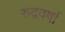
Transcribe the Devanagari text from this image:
रुद्रवर्षा